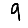
Digit: 9